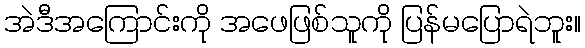
အဲဒီအကြောင်းကို အဖေဖြစ်သူကို ပြန်မပြောရဲဘူး။